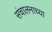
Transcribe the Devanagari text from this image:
संचालनाच्या